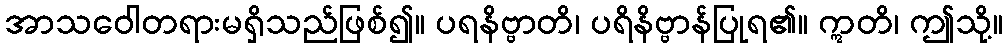
အာသဝေါတရားမရှိသည်ဖြစ်၍။ ပရနိဗ္ဗာတိ၊ ပရိနိဗ္ဗာန်ပြုရ၏။ ဣတိ၊ ဤသို့။